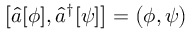
\bigl [ \hat { a } [ \phi ] , \hat { a } ^ { \dagger } [ \psi ] \bigr ] = \bigl ( \phi , \psi \bigr )